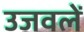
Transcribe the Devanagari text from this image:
उजवलें